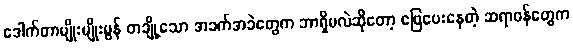
ဒေါက်တာမျိုးမျိုးမွန် တချို့သော အခက်အခဲတွေက ဘာရှိမလဲဆိုတော့ ဖြေပေးနေတဲ့ ဆရာဝန်တွေက